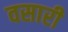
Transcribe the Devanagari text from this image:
वसारी